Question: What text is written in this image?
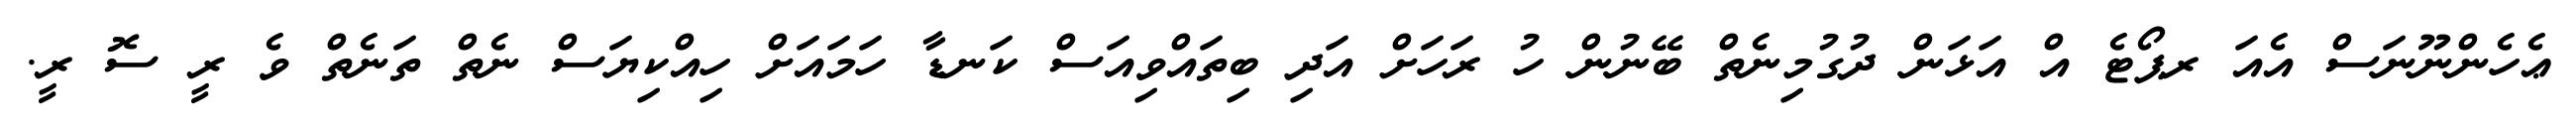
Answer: ޢެހެންނޫނަސް އެއަ ރޕޯޓެ އް އަޅަން ދުގުމިނެތް ބޭނުން ހު ރަހަށް އަދި ބިތައްވިއަސް ކަނޑާ ހަމައަށް ހިއްކިޔަސް ނެތް ތަނެތް ވެ ރީ ސޮ ރީ.